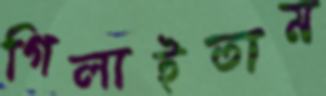
গিলাইতাম